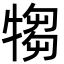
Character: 犓